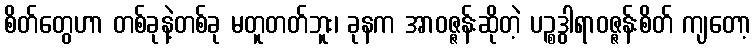
စိတ်တွေဟာ တစ်ခုနဲ့တစ်ခု မတူတတ်ဘူး၊ ခုနက အာဝဇ္ဇန်းဆိုတဲ့ ပဉ္စဒွါရာဝဇ္ဇန်းစိတ် ကျတော့